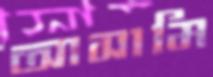
আসামি